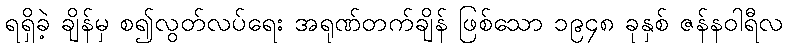
ရရှိခဲ့ ချိန်မှ စ၍လွတ်လပ်ရေး အရုဏ်တက်ချိန် ဖြစ်သော ၁၉၄၈ ခုနှစ် ဇန်နဝါရီလ